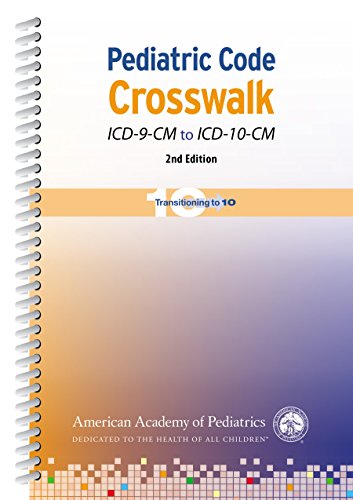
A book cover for Pediatric Code Crosswalk ICD-9-CM to ICD-10-CM (Coding); Jeffrey F. Linzer MD  FAAP; Business & Money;